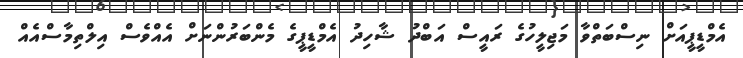
އެމްޑީޕީއަށް ނިސްބަތްވާ މަޖިލީހުގެ ރައީސް އަބްދު ޝާހިދު އެމްޑީޕީގެ މެންބަރުންނަށް އެއްވެސް އިލްތިމާސްއެއް